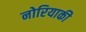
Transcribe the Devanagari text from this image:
नोरियाकी